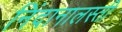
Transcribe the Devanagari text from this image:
निंदानालस्ती